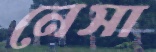
নেসা